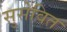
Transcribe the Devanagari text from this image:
सुसेवित